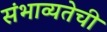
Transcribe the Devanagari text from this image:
संभाव्यतेची